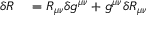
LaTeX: \begin{array} { r l } { \delta R } & { { } = R _ { \mu \nu } \delta g ^ { \mu \nu } + g ^ { \mu \nu } \delta R _ { \mu \nu } } \end{array}